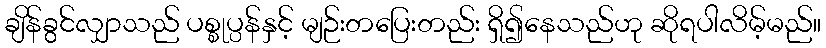
ချိန်ခွင်လျှာသည် ပစ္စုပ္ပန်နှင့် မျဉ်းတပြေးတည်း ရှိ၍နေသည်ဟု ဆိုရပါလိမ့်မည်။